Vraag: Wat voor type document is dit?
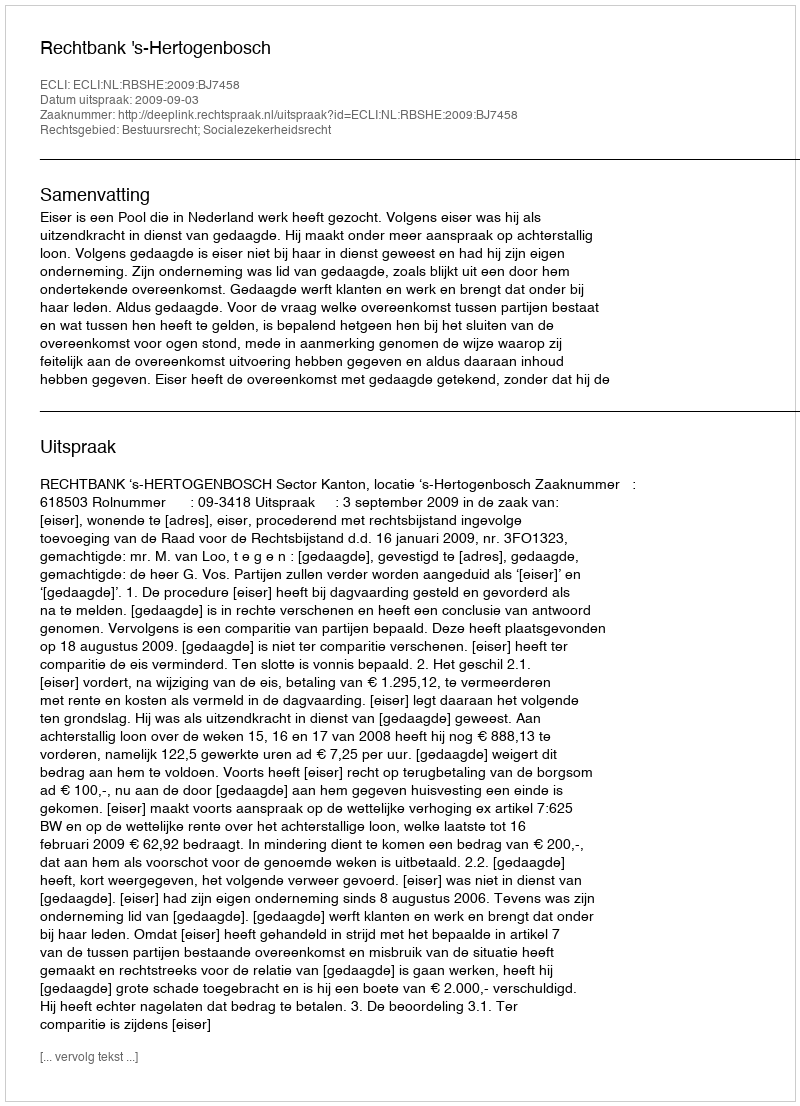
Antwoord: Uitspraak